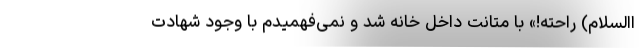
االسلام) راحته!» با متانت داخل خانه شد و نمی‌فهمیدم با وجود شهادت